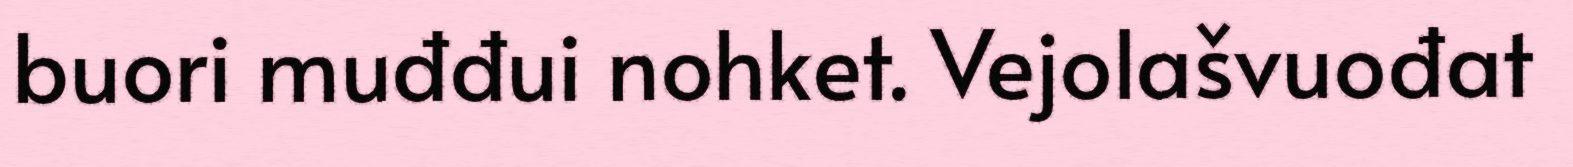
buori muđđui nohket. Vejolašvuođat